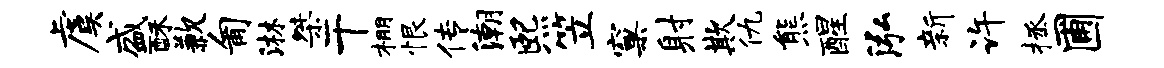
虞盛酥歉匍淋桀干棚恨传潮熙笠窠射欺仇熊醒泓新许拯圃